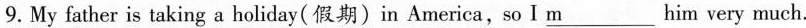
9.My father is taking a holiday(假期)in America,so I \underlinem him very much.